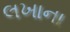
લખાના